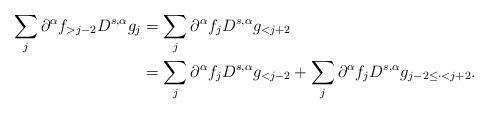
LaTeX: \begin{align*}\sum_j \partial^{\alpha} f_{>j-2} D^{s,\alpha} g_j& = \sum_j \partial^{\alpha} f_j D^{s,\alpha} g_{<j+2} \\& =\sum_j \partial^{\alpha} f_j D^{s,\alpha} g_{<j-2} + \sum_{j} \partial^{\alpha} f_jD^{s,\alpha} g_{j-2\le \cdot <j+2}.\end{align*}